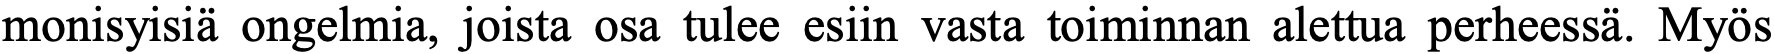
monisyisiä ongelmia, joista osa tulee esiin vasta toiminnan alettua perheessä. Myös